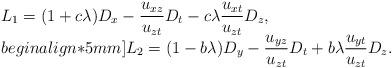
LaTeX: \begin{align*}\begin{array}{l}L_1=(1+c\lambda)D_x-\displaystyle\frac{u_{xz}}{u_{zt}}D_t-c\lambda \displaystyle\frac{u_{xt}}{u_{zt}}D_z,\\begin{align*}5mm]L_2=(1-b\lambda)D_y-\displaystyle\frac{u_{yz}}{u_{zt}}D_t+b\lambda \displaystyle\frac{u_{yt}}{u_{zt}}D_z.\end{array}\end{align*}